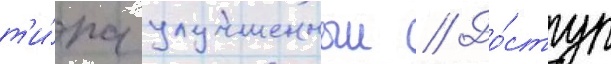
т'и́па улучшенныи // До́ступ